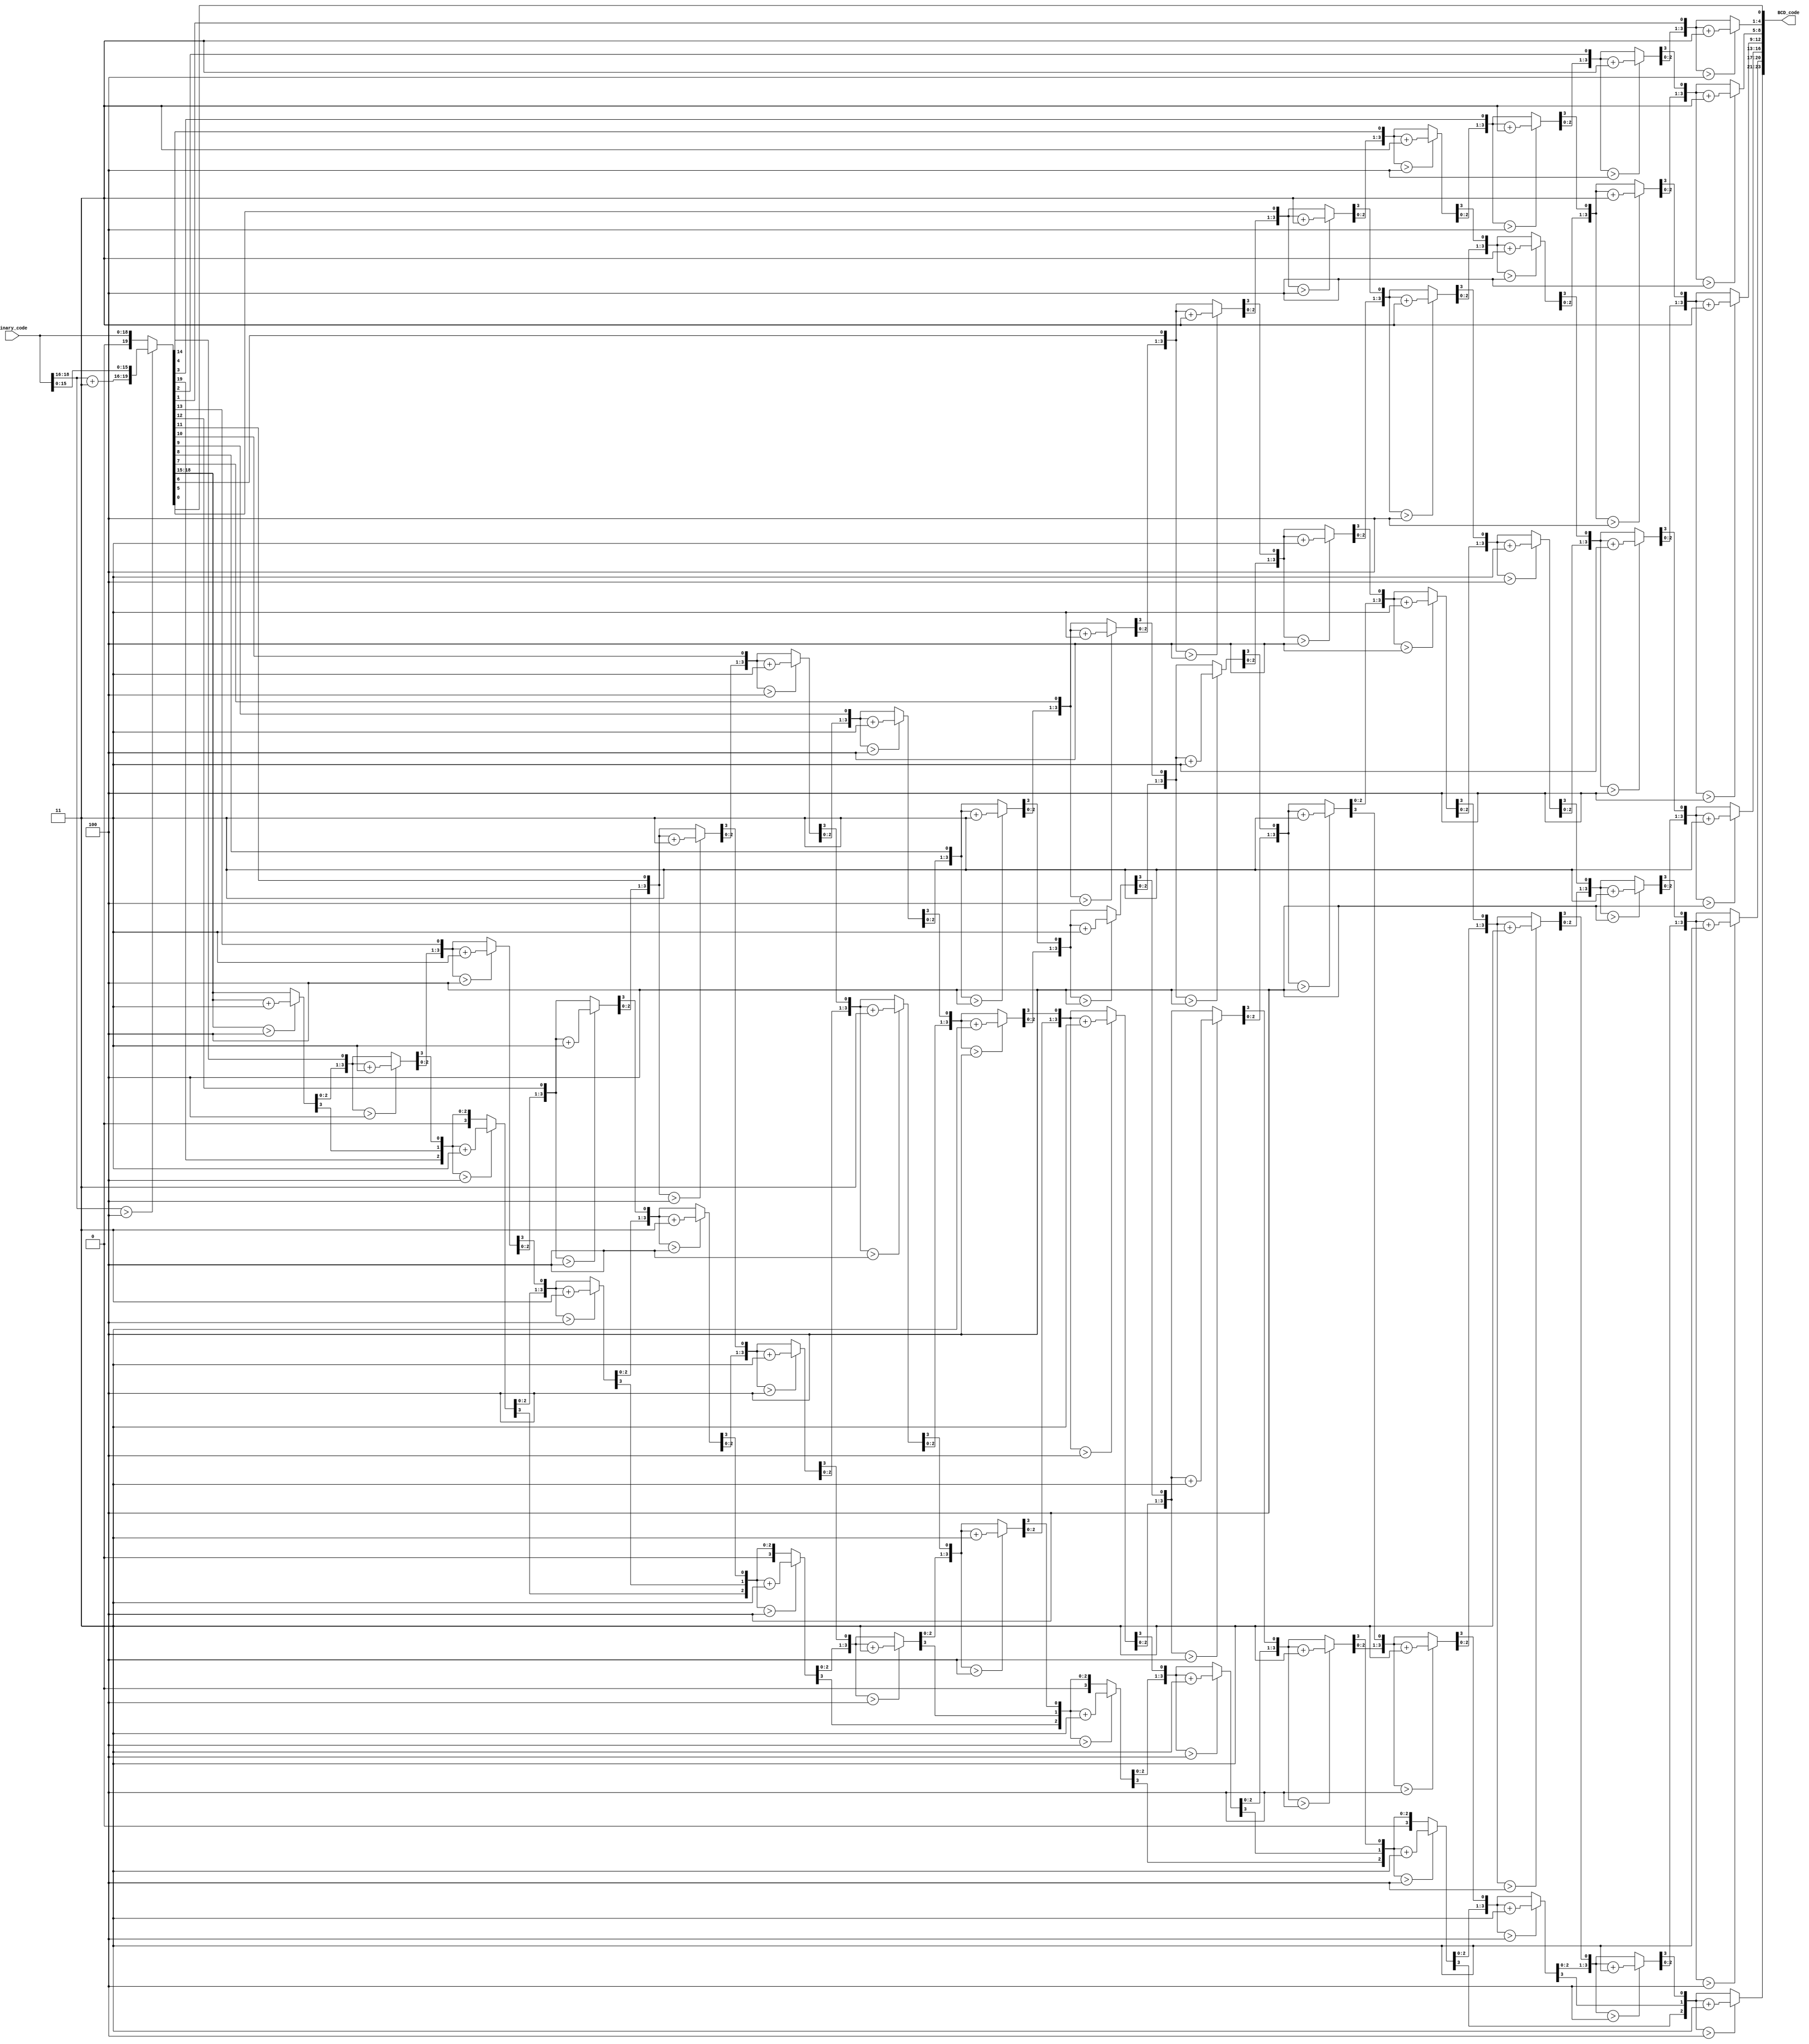
//############################################################################
//++++++++++++++++++++++++++++++++++++++++++++++++++++++++++++++++++++++++++++
//   Module Name : B2BCD_IP
//++++++++++++++++++++++++++++++++++++++++++++++++++++++++++++++++++++++++++++
//############################################################################

module B2BCD_IP #(parameter WIDTH = 19, parameter DIGIT = 6) (
    // Input signals
    Binary_code,
    // Output signals
    BCD_code
);

// ===============================================================
// Declaration
// ===============================================================
input  [WIDTH-1:0]   Binary_code;
output [DIGIT*4-1:0] BCD_code;

// ===============================================================
// Soft IP DESIGN
// ===============================================================
wire [DIGIT*4+1:0] line[WIDTH-4:0];
wire [DIGIT*4-1:0] indata;
//wire [DIGIT*4-1:0] P ;
assign indata = Binary_code;
genvar i,j;
generate 
for(i=0;i<=WIDTH-4;i=i+1) begin: loop_depth    
    if(i==0) begin
        assign line[0] = (indata[WIDTH:WIDTH-3]>4'd4) ? {2'b00,indata[DIGIT*4-1:WIDTH+1],indata[WIDTH:WIDTH-3]+4'd3,indata[WIDTH-4:0]} : indata ;
    end
    else begin
        for(j=0;j<=i/3;j=j+1) begin: loop_width
            assign line[i][(WIDTH-i+(i/3)*4 - 4*j)-:4] = (line[i-1][(WIDTH-i+(i/3)*4 - 4*j)-:4] > 4'd4) ? line[i-1][(WIDTH-i+(i/3)*4 - 4*j)-:4] +4'd3 : line[i-1][(WIDTH-i+(i/3)*4 - 4*j)-:4];
        end
    assign line[i][WIDTH-i-4:0] = line[i-1][WIDTH-i-4:0] ;
    assign line[i][DIGIT*4+1:WIDTH-i+(i/3)*4+1] = line[i-1][DIGIT*4+1:WIDTH-i+(i/3)*4+1] ;
    end
end
endgenerate

assign BCD_code = line[WIDTH-4][DIGIT*4-1:0] ;

endmodule